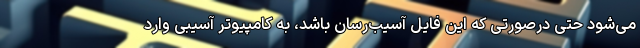
می‌شود حتی درصورتی که این فایل آسیب‌رسان باشد، به کامپیوتر آسیبی وارد